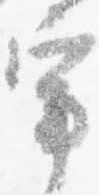
宰